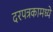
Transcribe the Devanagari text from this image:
दरपत्रकामध्ये